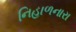
નિહાળનારા